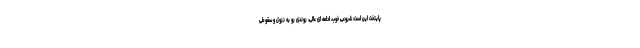
پایتخت این است: شروعی خوب، ادامه ای عالی، روندی رو به نزول و سقوطی